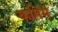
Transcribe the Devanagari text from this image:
कमिंस